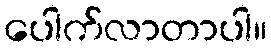
ပေါက်လာတာပါ။